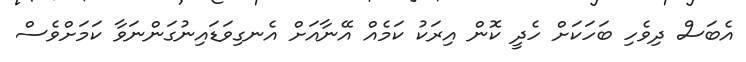
އެބަސް ދިވެހި ބަހަކަށް ހެދީ ކޮން އިރަކު ކަމެއް އޭނާއަށް އެނގިވަޑައިނުގަންނަވާ ކަމަށްވެސް